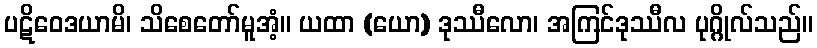
ပဋိဝေဒယာမိ၊ သိစေတော်မူအံ့။ ယထာ (ယော) ဒုဿီလော၊ အကြင်ဒုဿီလ ပုဂ္ဂိုလ်သည်။